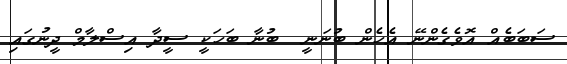
ސަބަބެއް އޮވެގެންނޭ އެހެން ބުނަނީ  ބުނާ ބަހަކީ ސީދާ އިސްލާމް ދީނުގައި